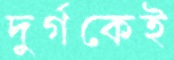
দুর্গকেই